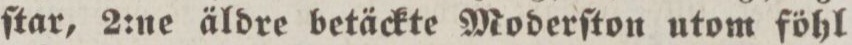
ſtar, 2:ne äldre betäckte Moderſton utom föhl